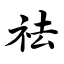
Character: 祛